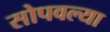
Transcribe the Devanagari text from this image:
सोपवल्या